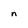
Character: n